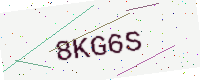
Text: 8KG6S